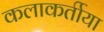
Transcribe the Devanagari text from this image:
कलाकर्तीया